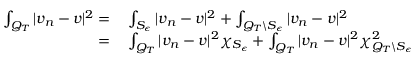
\begin{array} { r l } { \int _ { Q _ { T } } | v _ { n } - v | ^ { 2 } = } & { { } \int _ { S _ { \epsilon } } | v _ { n } - v | ^ { 2 } + \int _ { Q _ { T } \backslash S _ { \epsilon } } | v _ { n } - v | ^ { 2 } } \\ { = } & { { } \int _ { Q _ { T } } | v _ { n } - v | ^ { 2 } \chi _ { S _ { \epsilon } } + \int _ { Q _ { T } } | v _ { n } - v | ^ { 2 } \chi _ { Q _ { T } \backslash S _ { \epsilon } } ^ { 2 } } \end{array}